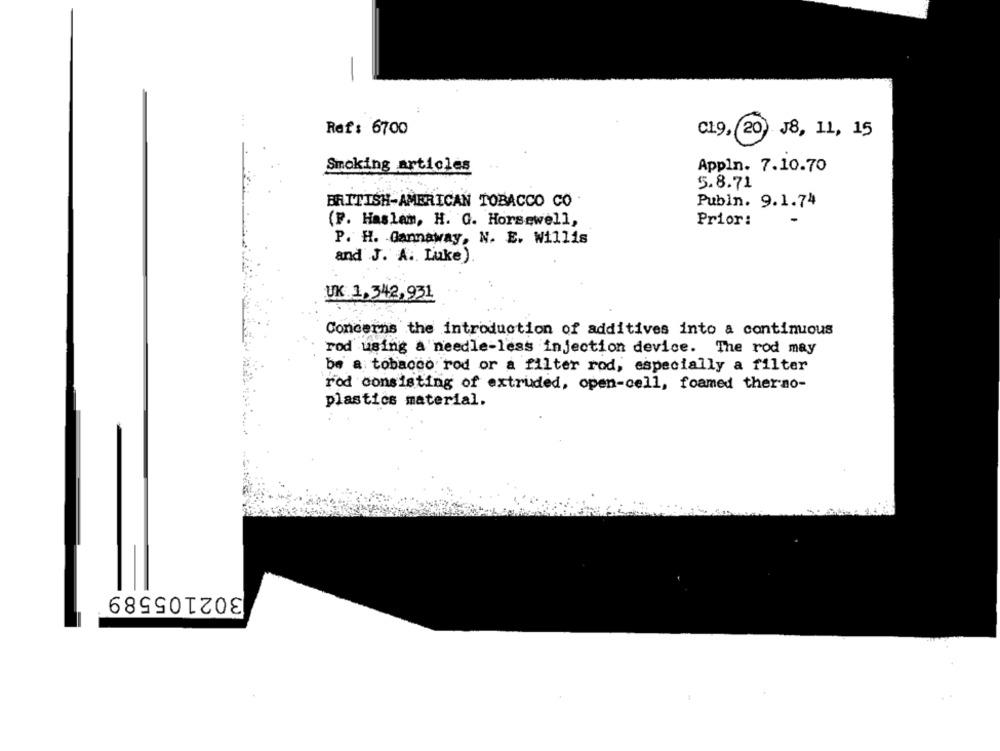
-
Ref: 6700
C19, 20) J8, 11, 15
Smoking articles
Appln. 7.10.70
5.8.71
BRITISH-AMERICAN TOBACCO CO .
Publn. 9.1.74
(P. Haslam, H. G. Horsewell,
Prior:
P. H. Gannaway, N. E. Willis
and J. A. Luke)
UK 1, 342,931
Concerns the introduction of additives into a continuous
rod using a needle-less injection device. The rod may
be a tobacco rod or a filter rod, especially a filter
rod consisting of extruded, open-cell, foamed thermo-
plastics material.
302105589